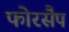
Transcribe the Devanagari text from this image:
फोरसैप